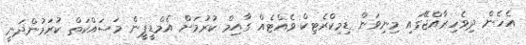
އެހެން ދިވެހިރާއްޖޭގައި މިނިވަން ޑިމިކްރެޓިކް ވެއްޓެއް ގާއިމް ކުރުމަށް އެމްޑީޕީން މަސައްކަތް ކުރަމުންދަނީ